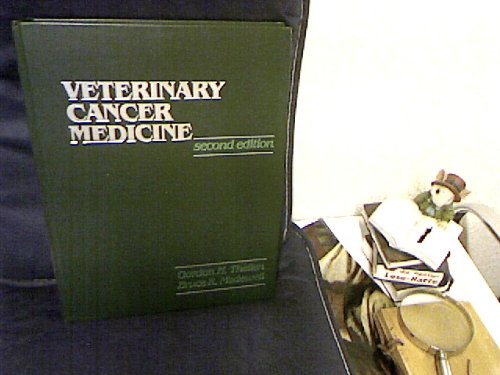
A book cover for Veterinary Cancer Medicine; Gordon H. Theilen; Medical Books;